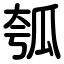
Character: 瓠